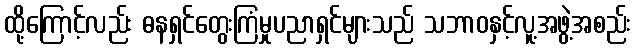
ထို့ကြောင့်လည်း ဓနရှင်တွေးကြံမှုပညာရှင်များသည် သဘာဝနှင့်လူ့အဖွဲ့အစည်း